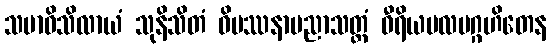
သမာဓိသိလာယံ သုနိသိတံ ဝိပဿနာပညာသတ္ထံ ဝီရိယဗလပဂ္ဂဟိတေန